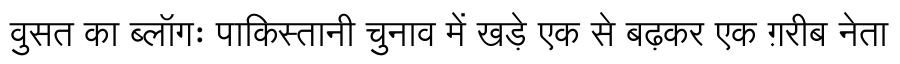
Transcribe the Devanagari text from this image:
वुसत का ब्लॉगः पाकिस्तानी चुनाव में खड़े एक से बढ़कर एक ग़रीब नेता